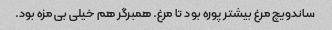
ساندویچ مرغ بیشتر پوره بود تا مرغ. همبرگر هم خیلی بی مزه بود.